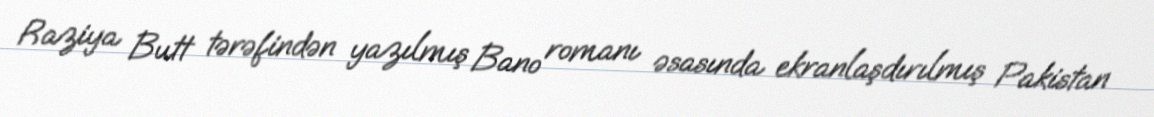
Raziya Butt tərəfindən yazılmış Bano romanı əsasında ekranlaşdırılmış Pakistan